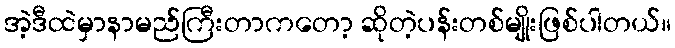
အဲ့ဒီထဲမှာနာမည်ကြီးတာကတော့ ဆိုတဲ့ပန်းတစ်မျိုးဖြစ်ပါတယ်။